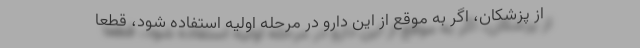
از پزشکان، اگر به موقع از این دارو در مرحله اولیه استفاده شود، قطعاً